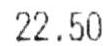
22.50